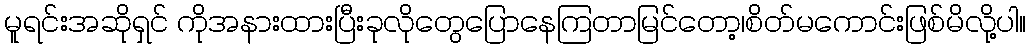
မူရင်းအဆိုရှင် ကိုအနားထားပြီးခုလိုတွေပြောနေကြတာမြင်တော့၊စိတ်မကောင်းဖြစ်မိလို့ပါ။